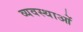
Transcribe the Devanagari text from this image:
व्यवस्थाआें